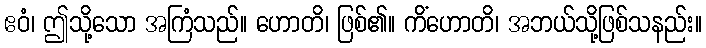
ဧဝံ၊ ဤသို့သော အကြံသည်။ ဟောတိ၊ ဖြစ်၏။ ကိံဟောတိ၊ အဘယ်သို့ဖြစ်သနည်း။